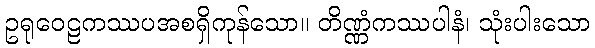
ဥရုဝေဠကဿပအစရှိကုန်သော။ တိဏ္ဏံကဿပါနံ၊ သုံးပါးသော